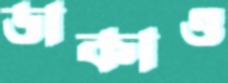
ডাকাও